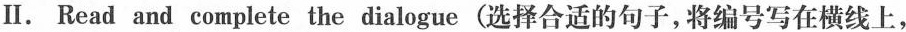
Ⅱ. Read and complete the dialogue (选择合适的句子,将编号写在横线上,